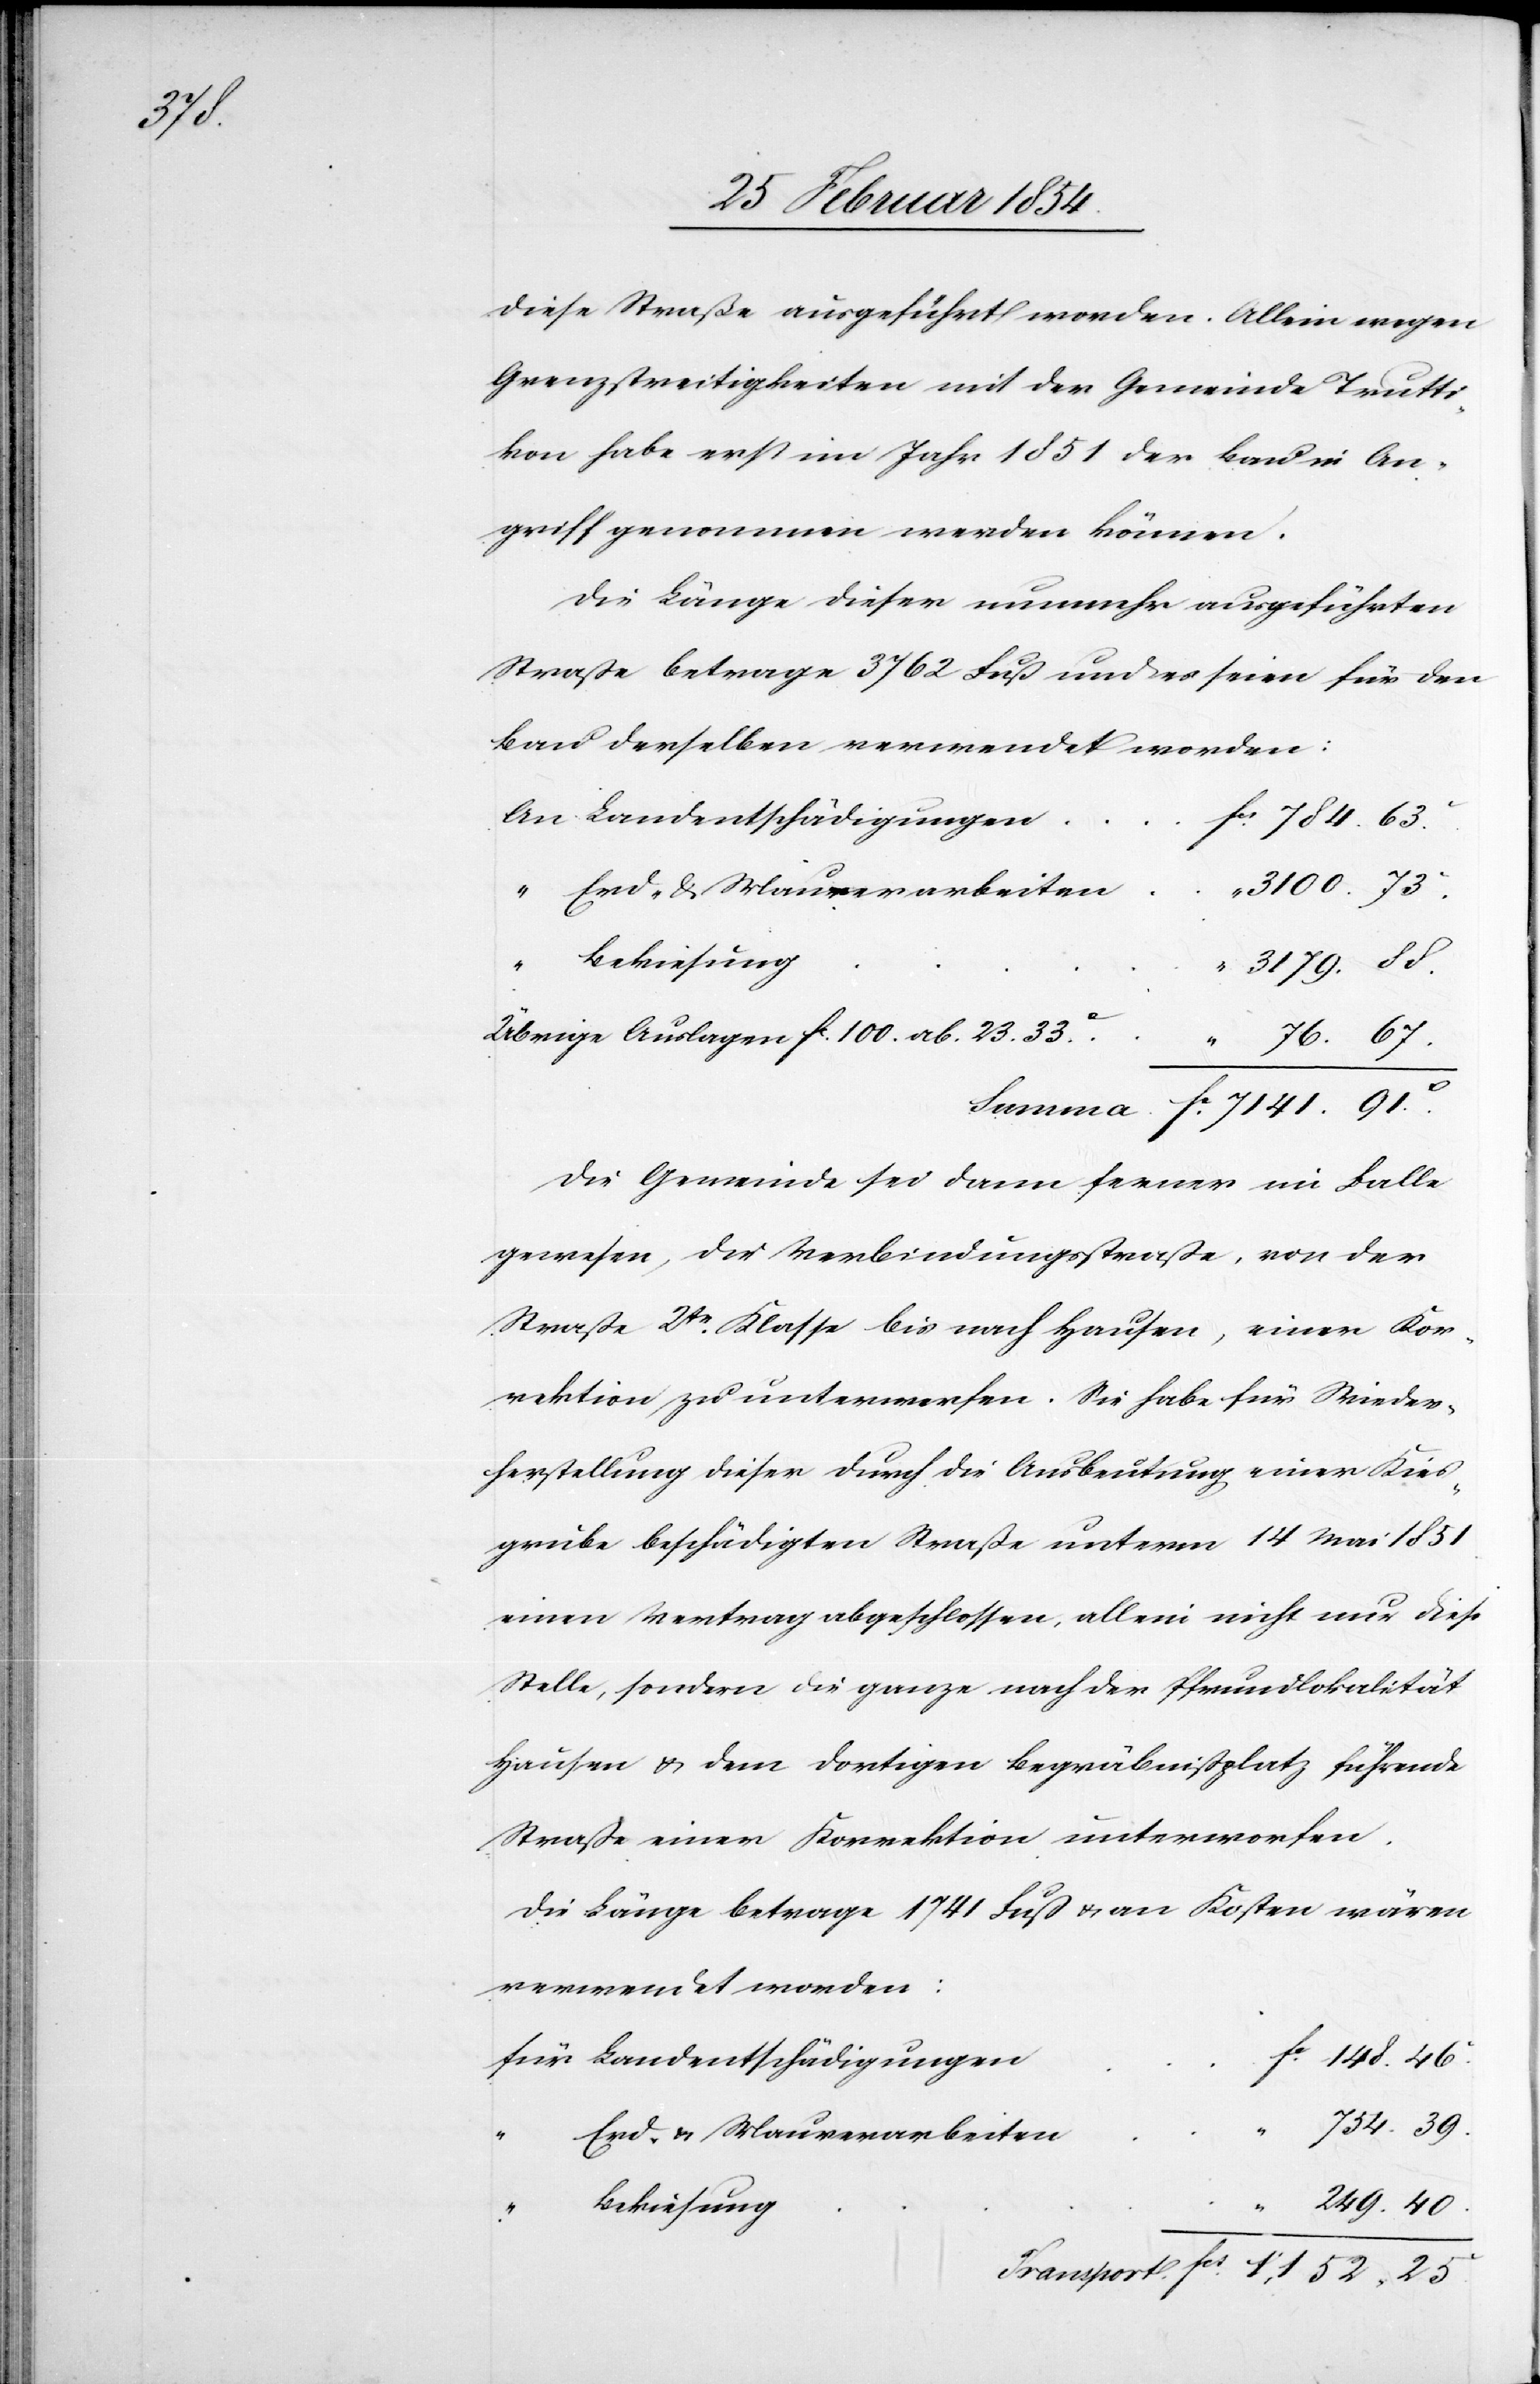
754.39.

diese Straße ausgeführt worden. Allein wegen
Grenzstreitigkeiten mit der Gemeinde Trutti¬
kon habe erst im Jahr 1851 der Bau in An¬
griff genommen werden können.
Die Länge dieser nunmehr ausgeführten
Straße betrage 3762 Fuß und es seien für den
Bau derselben verwendet worden:
Landentschädigungen
3100.73.c
Bekiesung
3179.88.
Übrige Auslagen Fc 100. ab. 23.33.c
Die Gemeinde sei dann ferner im Falle
gewesen, die Verbindungsstraße, von der
Straße 2tr Klasse bis nach Hausen, einer Kor¬
rektion zu unterwerfen. Sie habe für Wieder¬
herstellung dieser durch die Ausbeutung einer Kies¬
grube beschädigten Straße unterm 14 Mai 1851
einen Vertrag abgeschlossen, allein nicht nur diese
Stelle, sondern die ganze nach der Pfrundlokalität
Hausen u. dem dortigen Begräbnißplatz führende
Straße einer Korrektion unterworfen.
Die Länge betrage 1741 Fuß u. an Kosten wären
verwendet worden:
Erd- u. Maurerarbeiten
„
249.40.